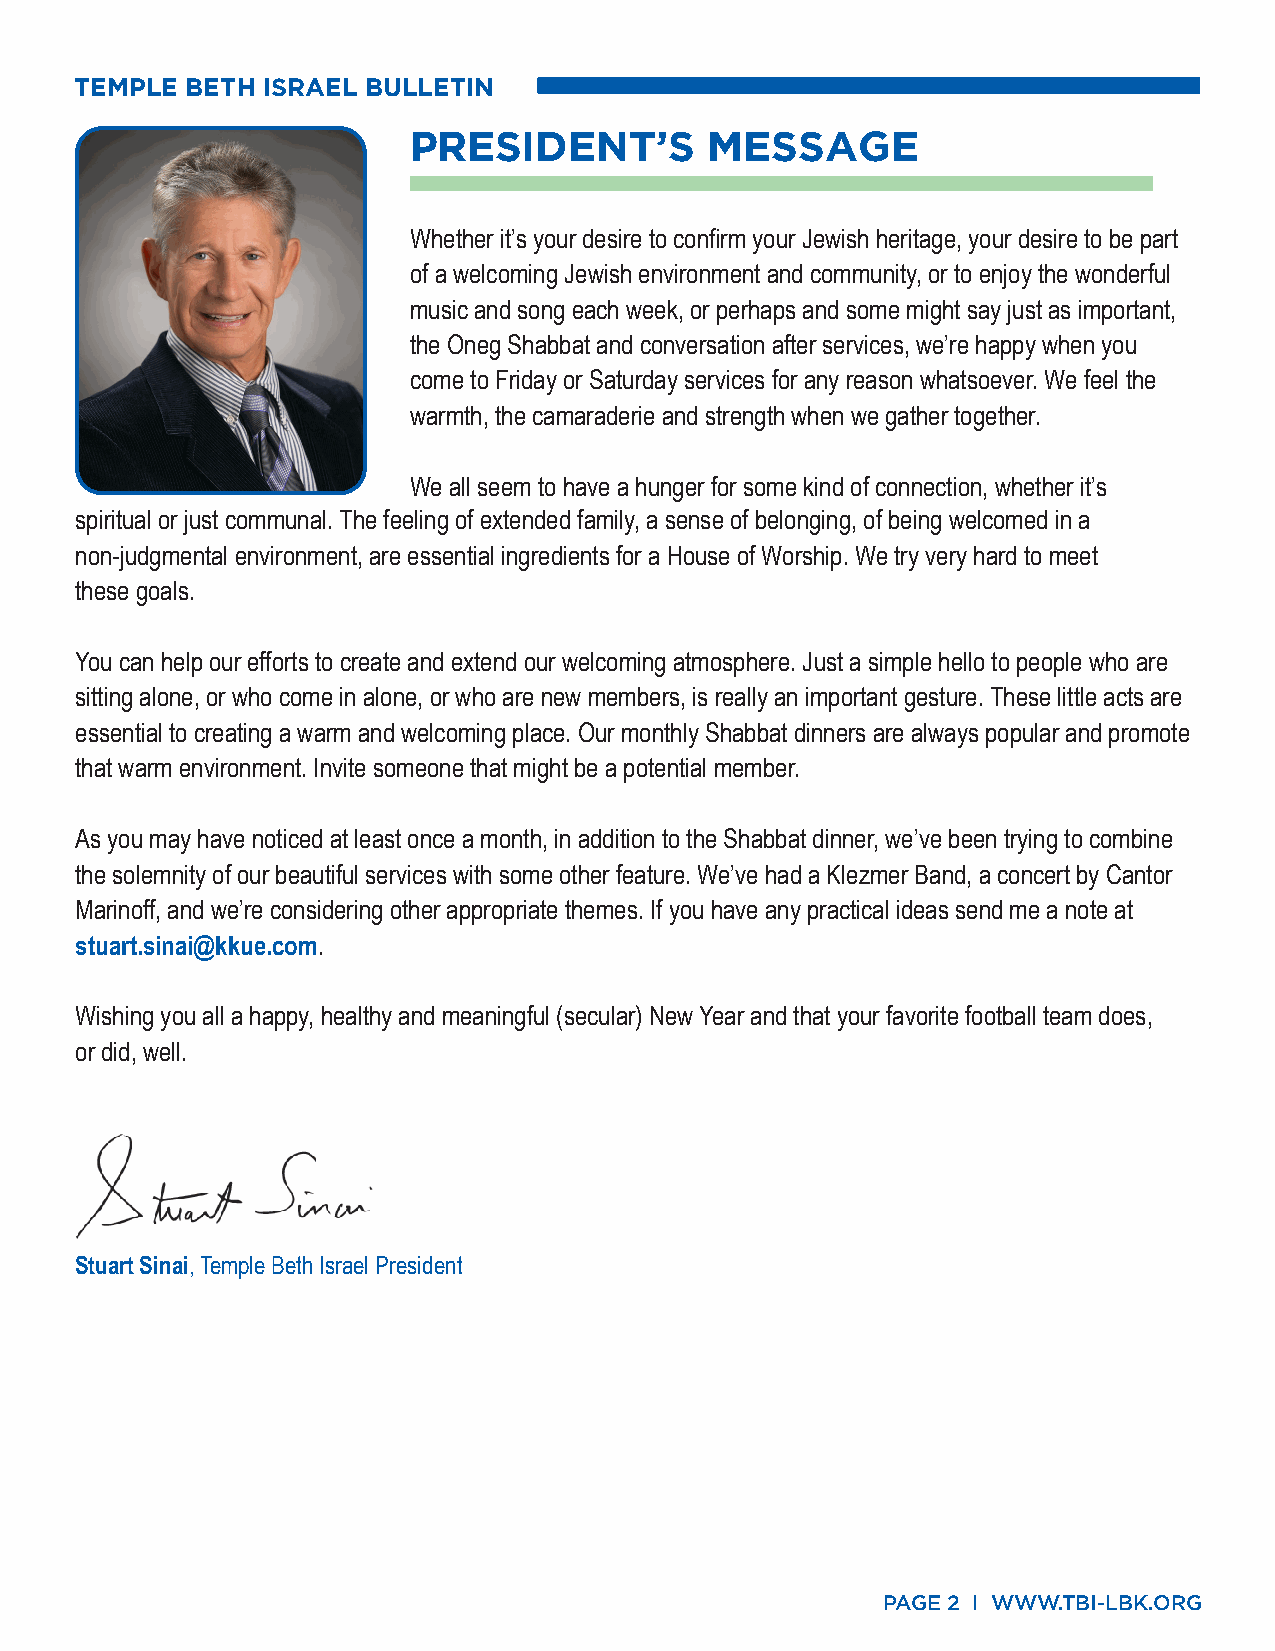
TEMPLE BETH ISRAEL BULLETIN
 PRESIDENT’S         MESSAGE
 Whether it’s your desire to confirm your Jewish heritage, your desire to be part
 of a welcoming Jewish environment and community, or to enjoy the wonderful
 music and song each week, or perhaps and some might say just as important,
 the Oneg Shabbat and conversation after services, we’re happy when you
 come to Friday or Saturday services for any reason whatsoever. We feel the
 warmth, the camaraderie and strength when we gather together.
 We all seem to have a hunger for some kind of connection, whether it’s
 spiritual or just communal. The feeling of extended family, a sense of belonging, of being welcomed in a
 non-judgmental environment, are essential ingredients for a House of Worship. We try very hard to meet
 these goals.
 You can help our efforts to create and extend our welcoming atmosphere. Just a simple hello to people who are
 sitting alone, or who come in alone, or who are new members, is really an important gesture. These little acts are
 essential to creating a warm and welcoming place. Our monthly Shabbat dinners are always popular and promote
 that warm environment. Invite someone that might be a potential member.
 As you may have noticed at least once a month, in addition to the Shabbat dinner, we’ve been trying to combine
 the solemnity of our beautiful services with some other feature. We’ve had a Klezmer Band, a concert by Cantor
 Marinoff, and we’re considering other appropriate themes. If you have any practical ideas send me a note at
 stuart.sinai@kkue.com.
 Wishing you all a happy, healthy and meaningful (secular) New Year and that your favorite football team does,
 or did, well.
 Stuart Sinai, Temple Beth Israel President
 PAGE 2 I WWW.TBI-LBK.ORG